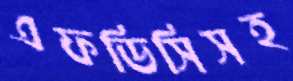
এফডিসিসহ